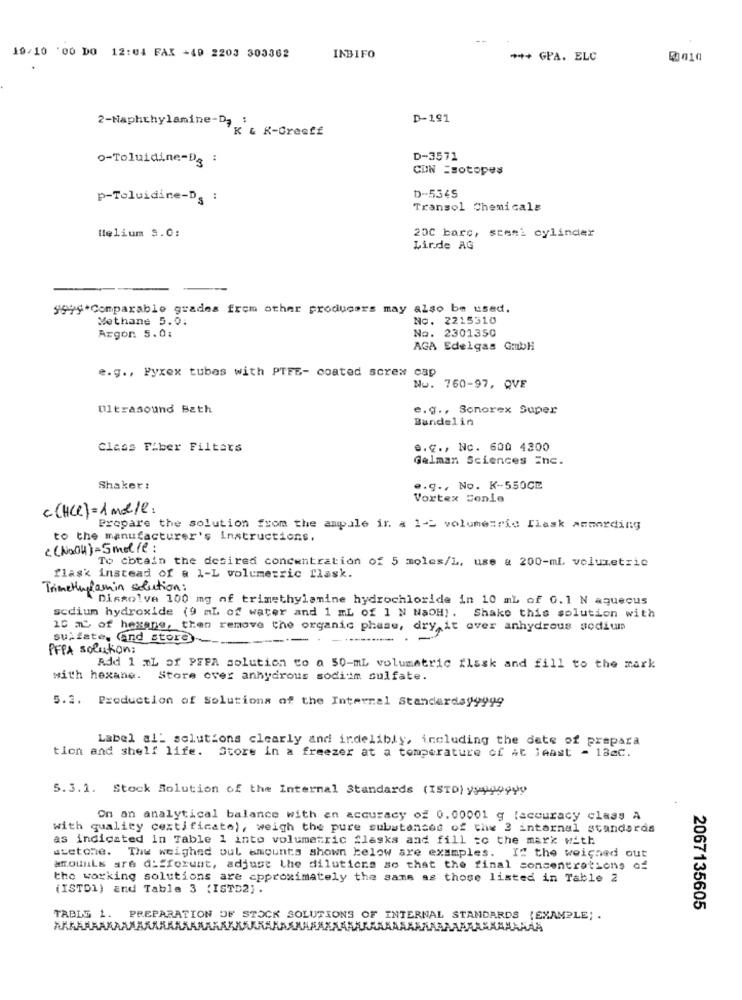
19/10 '00 DO 12:04 FAX +40 2203 303362
INBIFO
*** + GPA. ELC
0010
2-Naphthylamine-D, :
D-191
K & K-Creeff
o-Toluidine-D3 :
D-3571
CUN =sotopes
p-Toluidine-D. :
D-5345
Transol Chemicals
Helium 9.0:
200 bars, stesi cylinder
Linde AG
"999*Comparable grades frem other producers may also be used.
Methane 5.0:
No. 2215310
Argon 5.0:
No. 2301350
AGA Edelgas GmbH
e.g ., Fyxex tubes with PTFE- coated screw cap
Nu. 760-97, QVE
Ultrasound Bath
e.g ., Sonorex Super
Bandelin
Class Fiber Filters
e.c ., Nc. 600 4300
Gelman Sciences Inc.
Shaker:
e.g ., No. K-550CE
Vortex Conle
c (HCL) = 1 mol/l:
Prepare the solution from the ampule ir a 1-2 volumesric flask ammarding
to the manufacturer's instructions,
< (NaOH)-5molle:
To obtain the desired concentration of 5 moles/L, use & 200-mi, volumetric
flask instead of a 1-L volumetric flask.
TrimeHunglamin solution:
Dissolve 100 mg of trimethylamine hydrochloride in 10 mL of 0.1 N aqueous
scdium hydroxide (9 mL of water and 1 mL of 1 N NaOH) . Shake this solution with
10 ML of hexane, then remove the organic phase, dry it over anhydrous sodium
sulfate, And store) __
PFPA solution:
Add 1 TL of PEFA solution to a 50-mL volumetric flask and fill to the mark
with hexane. Store over anhydrous sodium sulfate.
5.2. Production of Solutions of the Internal Standardayyy99
Label al: solutions clearly and irdelibly, including the date of prepara
tion and shelf life. Store in a freezer at a temperature of at least - 18aC.
5.3.1. Stock Solution of the Internal Standards (ISTD) yy ug9999
On an analytical balance with an accuracy of 0.00001 g [accuracy class A
with quality certificato), weigh the pure substances of the 3 internal standards
as indicated in Table 1 into volumetric flasks and fill to the mark with
acetone. The weighed pul amounts shown below are examples. If the weighed out
atomLs are differunt, adjust the dilutions so that the final concentrations of
the working solutions are approximately the same as those listed in Table 2
(ISTDI) and Table 3 (ISTD2) .
2067135605
TABLS 1.
PREPARATION OF STOCK SOLUTIONS OF INTERNAL STANDARDS (EXAMPLE; .